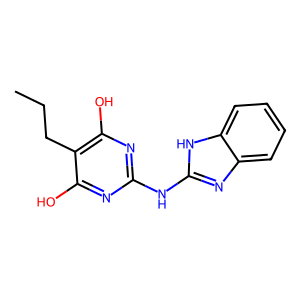
SMILES: CCCc1c(O)nc(Nc2nc3ccccc3[nH]2)nc1O
Inhibits HIV replication: No